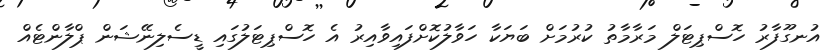
އުނގޫފާރު ހޮސްޕިޓަލް މަރާމާތު ކުރުމަށް ބަޔަކާ ހަވާލުކޮށްފައިވާއިރު އެ ހޮސްޕިޓަލުގައި ޑީސެލިނޭޝަން ޕްލާންޓެއް